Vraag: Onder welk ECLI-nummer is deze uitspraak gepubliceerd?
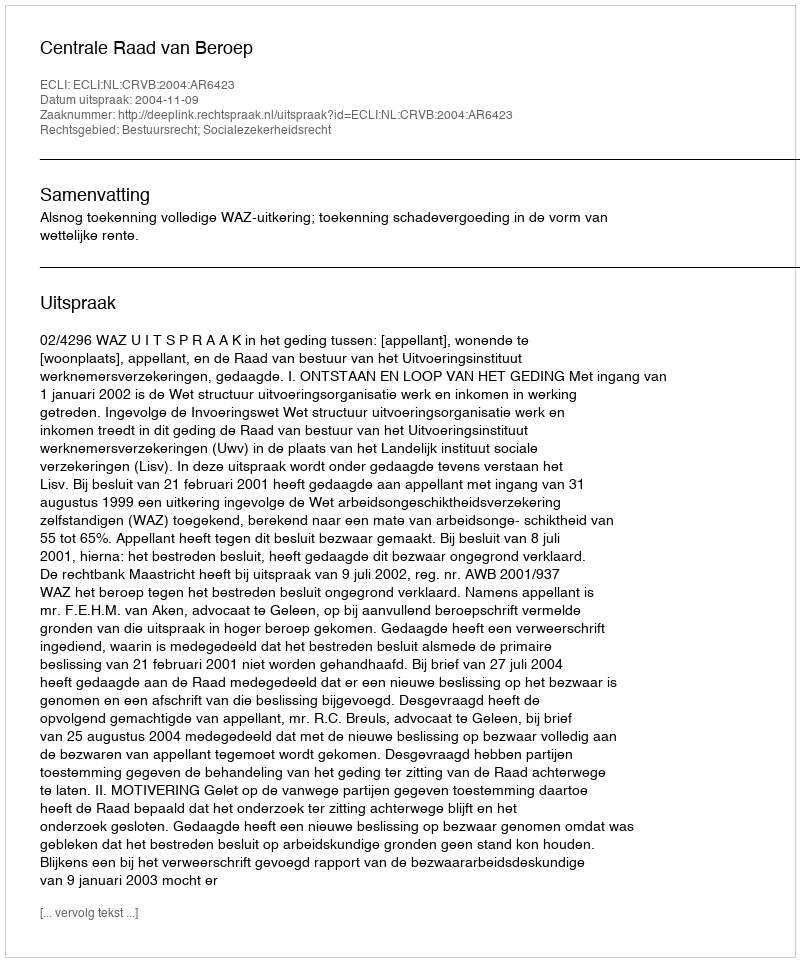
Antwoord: ECLI:NL:CRVB:2004:AR6423